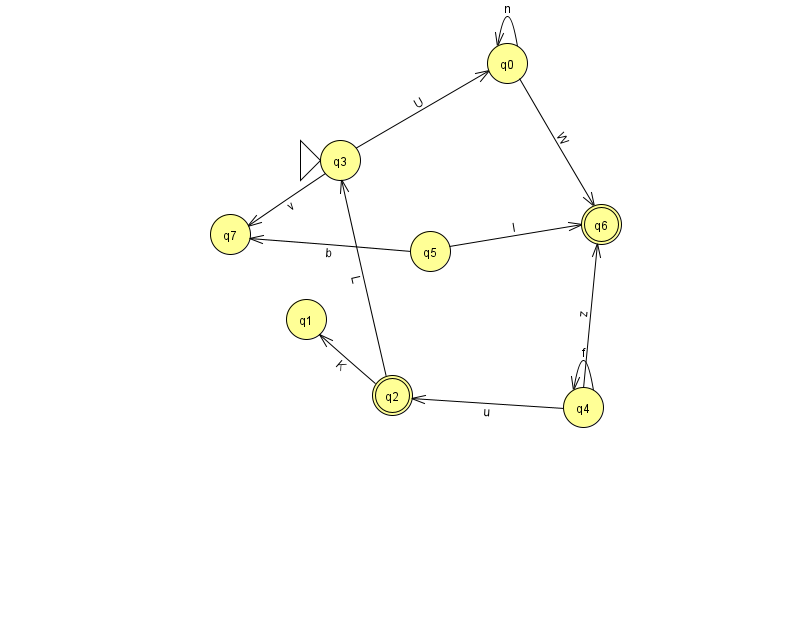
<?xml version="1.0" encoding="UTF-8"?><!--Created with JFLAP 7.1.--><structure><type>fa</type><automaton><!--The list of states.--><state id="0" name="q0"><x>507.0</x><y>50.0</y></state><state id="1" name="q1"><x>306.0</x><y>306.0</y></state><state id="2" name="q2"><x>392.0</x><y>382.0</y><final/></state><state id="3" name="q3"><x>340.0</x><y>147.0</y><initial/></state><state id="4" name="q4"><x>583.0</x><y>394.0</y></state><state id="5" name="q5"><x>430.0</x><y>238.0</y></state><state id="6" name="q6"><x>601.0</x><y>211.0</y><final/></state><state id="7" name="q7"><x>230.0</x><y>221.0</y></state><!--The list of transitions.--><transition><from>5</from><to>6</to><read>l</read></transition><transition><from>4</from><to>2</to><read>u</read></transition><transition><from>5</from><to>7</to><read>b</read></transition><transition><from>2</from><to>1</to><read>K</read></transition><transition><from>0</from><to>6</to><read>W</read></transition><transition><from>3</from><to>7</to><read>v</read></transition><transition><from>4</from><to>4</to><read>f</read></transition><transition><from>2</from><to>3</to><read>L</read></transition><transition><from>0</from><to>0</to><read>n</read></transition><transition><from>3</from><to>0</to><read>U</read></transition><transition><from>4</from><to>6</to><read>z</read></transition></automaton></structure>